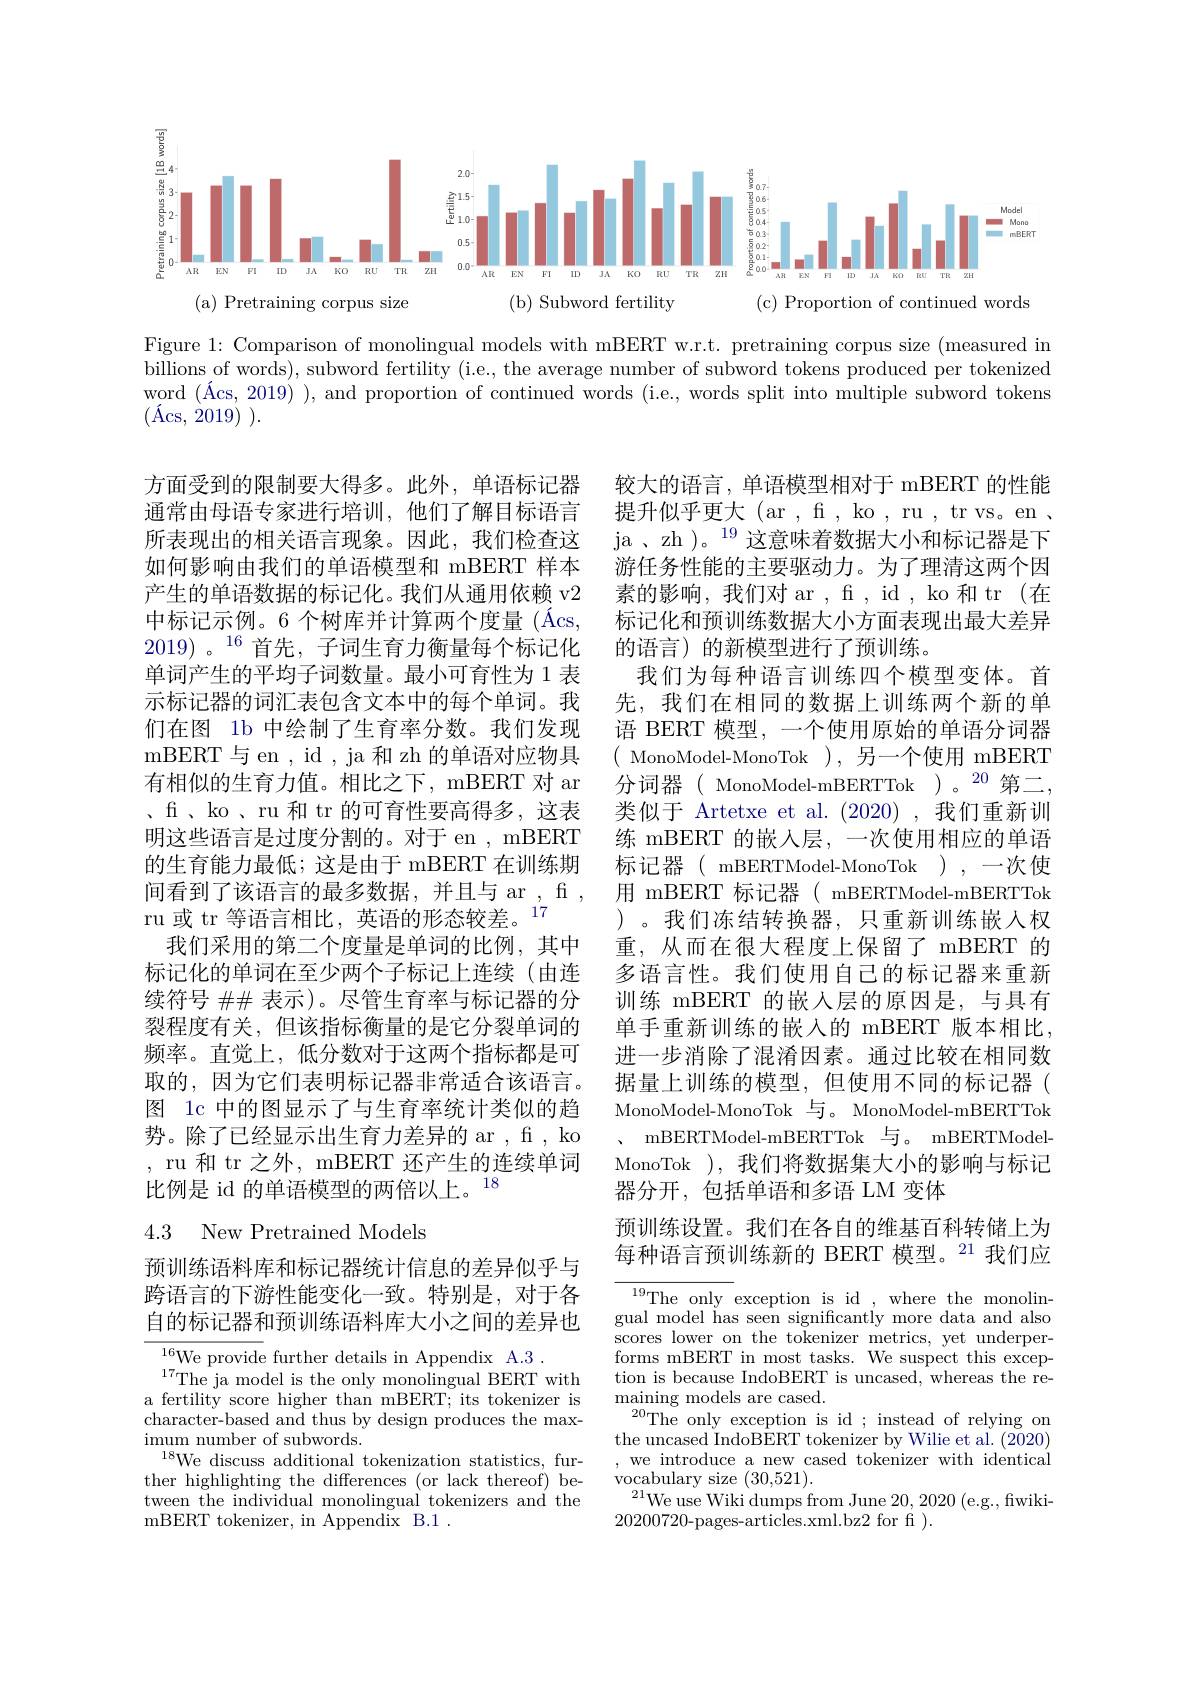
$ਛું$
<FigureHere>

Figure 1: Comparison of monolingual models with mBERT w.r.t. pretraining corpus size (measured in billions of words), subword fertility (i.e., the average number of subword tokens produced per tokenized word $( \text{\' {A}cs, 2019) }$ ), and proportion of continued words (i.e., words split into multiple subword tokens $( \text{\' {A}cs, }$ $\grave{2} 019)$ ).

方面受到的限制要大得多。此外，单语标记器通常由母语专家进行培训，他们了解目标语言所表现出的相关语言现象。因此，我们检查这如何影响由我们的单语模型和 mBERT 样本产生的单语数据的标记化。我们从通用依赖 v2中标记示例。6 个树库并计算两个度量 (Ács, 2019)。$^{16}$首先，子词生育力衡量每个标记化单词产生的平均子词数量。最小可育性为 1 表示标记器的词汇表包含文本中的每个单词。我们在图 1b 中绘制了生育率分数。我们发现mBERT 与 en , id , ja 和 zh 的单语对应物具有相似的生育力值。相比之下，mBERT 对 ar 、 f , ko , ru 和 tr 的 可 育 性 要 高 得 多 , 这 表 明这些语言是过度分割的。对于 en , mBERT 的生育能力最低；这是由于 mBERT 在训练期间看到了该语言的最多数据，并且与 ar , f , ru 或 tr 等语言相比，英语的形态较差。17
我们采用的第二个度量是单词的比例，其中标记化的单词在至少两个子标记上连续(由连续符号 ## 表示)。尽管生育率与标记器的分裂程度有关，但该指标衡量的是它分裂单词的频率。直觉上，低分数对于这两个指标都是可取的，因为它们表明标记器非常适合该语言。图 1c 中的图显示了与生育率统计类似的趋势。除了已经显示出生育力差异的 ar , f , ko , ru 和 tr 之外，mBERT 还产生的连续单词比例是 id 的单语模型的两倍以上。$^{18}$

## 4.3 New Pretrained Models

预训练语料库和标记器统计信息的差异似乎与跨语言的下游性能变化一致。特别是，对于各自的标记器和预训练语料库大小之间的差异也

${\overline{{^{16}\text{We provide}}}}$further details in Appendix A.3.
$^{17}$The ja model is the only monolingual BERT with a fertility score higher than mBERT; its tokenizer is character-based and thus by design produces the maximum number of subwords.
$^{18}$We discuss additional tokenization statistics, further highlighting the differences (or lack thereof) between the individual monolingual tokenizers and the mBERT tokenizer, in Appendix B.1 .

较大的语言，单语模型相对于 mBERT 的性能提升似乎更大 (ar , f , ko , ru , tr vs。en , ja , zh )。$^{19}$这意味着数据大小和标记器是下游任务性能的主要驱动力。为了理清这两个因素的影响，我们对 ar , f , id , ko 和 tr (在标记化和预训练数据大小方面表现出最大差异的语言) 的新模型进行了预训练。
我们为每种语言训练四个模型变体。首先，我们在相同的数据上训练两个新的单语 BERT 模型，一个使用原始的单语分词器( MonoModel-MonoTok ),另一个使用 mBERT 分词器( MonoModel-mBERTTok)。20 第二， 类似于 Artetxe et al.(2020),我们重新训练 mBERT 的嵌入层，一次使用相应的单语标记器( mBERTModel-MonoTok),一次使用 mBERT 标记器( mBERTModel-mBERTTok )。我们冻结转换器，只重新训练嵌入权重，从而在很大程度上保留了 mBERT 的多语言性。我们使用自己的标记器来重新训练 mBERT 的嵌入层的原因是，与具有单手重新训练的嵌人的 mBERT 版本相比， 进一步消除了混淆因素。通过比较在相同数据量上训练的模型，但使用不同的标记器( MonoModel-MonoTok 与。MonoModel-mBERTTok
mBERTModel-mBERTTok 与。mBERTModelMonoTok ),我们将数据集大小的影响与标记器分开，包括单语和多语 LM 变体
预训练设置。我们在各自的维基百科转储上为

每种语言预训练新的 BERT 模型。$^{21}$我们应

${\frac{19}{\mathrm{The~only~}}}$exception is id , where the monolingual model has seen significantly more data and also scores lower on the tokenizer metrics, yet underperforms mBERT in most tasks. We suspect this exception is because IndoBERT is uncased, whereas the re- $\operatorname*{maining}_{\text{oo}}$models are cased.
$^{20}$The only exception is id ; instead of relying on the uncased IndoBERT tokenizer by Wilie et al. (2020) ,we introduce a new cased tokenizer with identical vocabulary size (30,521).
${}^{21}$We use Wiki dumps from June 20,2020 ( e. g. , fiwiki-
20200720-pages-articles.xml.bz2 for f ).